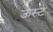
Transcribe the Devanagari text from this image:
ऊस्ट